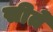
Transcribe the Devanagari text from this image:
सीते